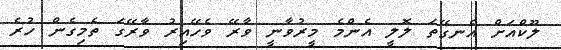
ލޫކްއަށް އެނގޭތަ ލޮލީ އެންމެ މީރުވާނީ ވާރޭ ވެހޭއިރު ވާރޭގަ ތެމިގެން ހުރެ